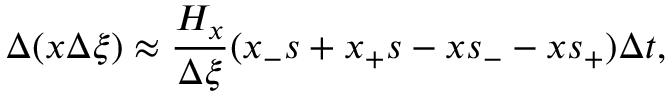
\Delta ( x \Delta \xi ) \approx \frac { H _ { x } } { \Delta \xi } ( x _ { - } s + x _ { + } s - x s _ { - } - x s _ { + } ) \Delta t ,